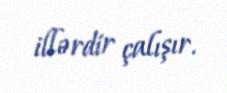
illərdir çalışır.